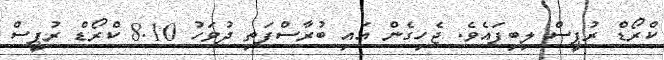
ކްރޯޑް ރުޕީސް ލިބިފައެވެ. ޖެހިގެން އައި ބުރާސްފަތި ދުވަހު 8.10 ކްރޯޑް ރުޕީސް